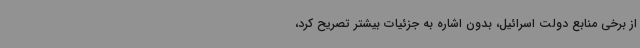
از برخی منابع دولت اسرائیل، بدون اشاره به جزئیات بیشتر تصریح کرد،